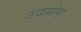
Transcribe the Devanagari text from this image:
उदयोग्